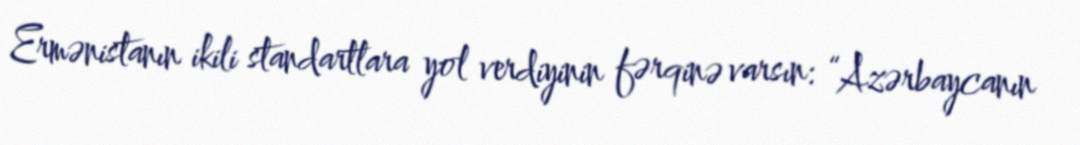
Ermənistanın ikili standartlara yol verdiyinin fərqinə varsın: “Azərbaycanın